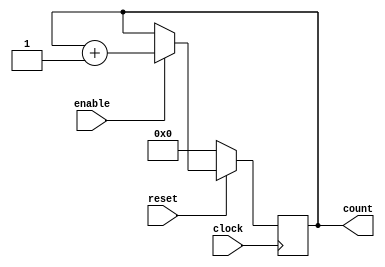
module counter_16(
	clock,
	reset,
	enable,
	count
	);
	
	parameter BIT_SZ = 16;
	input clock;
	input reset;
	input enable;
	output [BIT_SZ-1:0] count;
	
	reg [BIT_SZ-1:0] count;
	
	initial count = 0;
	
	always @ (posedge clock)
		if (reset == 1'b0)
			count <= 0;
		else if (enable == 1'b1)
			count <= count + 1'b1;
			
endmodule